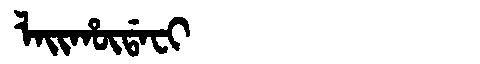
Manchu: ᠯᠠᡳᡥᡡᡩᠠᠸᡳ
Romanization: LAIHŪDAFI